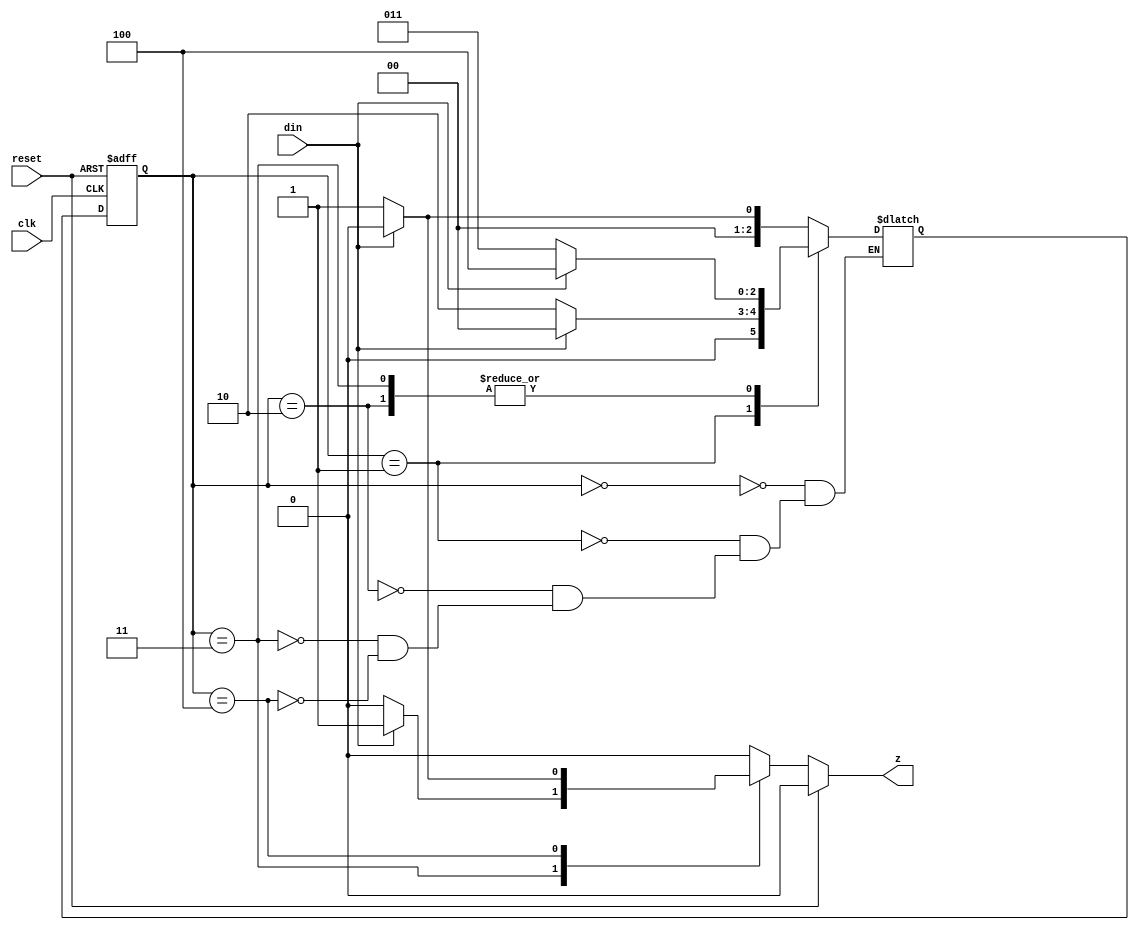
 module seq_detector(
    din,
    clk,
    reset,
    z
 );

 output reg z;
 input din,clk,reset;

  parameter [2:0] S0 = 3'd0;  //1
  parameter [2:0] S1 = 3'd1;  //0
  parameter [2:0] S2 = 3'd2;  //00
  parameter [2:0] S3 = 3'd3;  //000
  parameter [2:0] S4 = 3'd4;  //001 or 0001
  //3'b001

  reg [2:0] PS,NS ;//2bits

  //sequential state register block
 always @ (posedge clk or posedge reset)
 //begin
   if (reset)
     PS <= S0;  
   else
     PS <= NS;
 //end

//sequential output block
 always @ (*)//
  // begin
    if (reset)
    z <= 1'b0;
    else 
        case(PS)
        S0 : z <= 1'b0;
        S1 : z <= 1'b0;
        S2 : z <= 1'b0;
        S3 : if(din)
             z <=1'b1;
             else
             z <=1'b0;
        S4 : if(din)
             z <=1'b0;
             else
             z <=1'b1;
        default:z <=1'b0;
        endcase
   // end
     
  //combinational state assignment block  
 always @ (*)
  begin
    case(PS)
        S0 : NS = din ? S0 : S1 ;
        S1 : NS = din ? S0 : S2 ;
        S2 : NS = din ? S4 : S3 ;
        S3 : NS = din ? S4 : S3 ;
        S4 : NS = din ? S0 : S1 ;
    endcase
    $monitor("present state is %d",PS);
  end
 
 endmodule